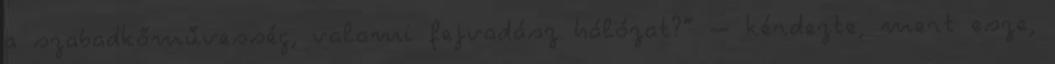
a szabadkőművesség, valami fejvadász háló­zat?” – kérdezte, mert esze,